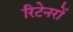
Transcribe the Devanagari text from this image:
रिटेनरों